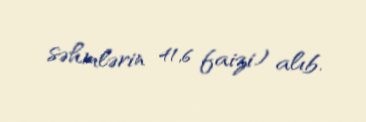
səhmlərin 41,6 faizi) alıb.